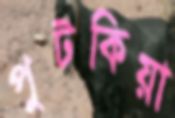
পুটকিয়া